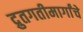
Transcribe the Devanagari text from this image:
द्रुतगतीमार्गांचे